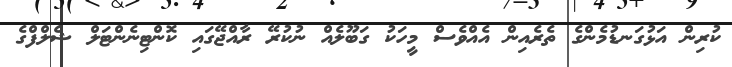
ކުރިން އަޅުގަނޑުމެންގެ ތެރެއިން އެއްވެސް މީހަކު ގަބޫލެއް ނުކުރޭ ރާއްޖޭގައި ކޮންޓިނެންޓަލް ޝެލްފްގެ